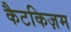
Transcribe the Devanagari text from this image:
कैटकिज़म